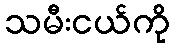
သမီးငယ်ကို